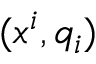
( x ^ { i } , q _ { i } )